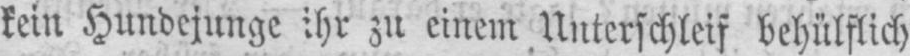
kein Hundejunge ihr zu einem Unterschleif behülflich